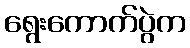
ရွေးကောက်ပွဲက